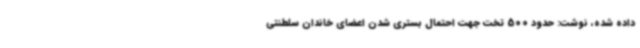
داده شده، نوشت: حدود 500 تخت جهت احتمال بستری شدن اعضای خاندان سلطنتی